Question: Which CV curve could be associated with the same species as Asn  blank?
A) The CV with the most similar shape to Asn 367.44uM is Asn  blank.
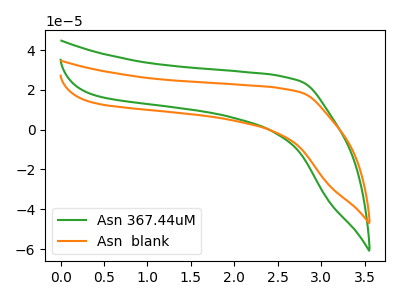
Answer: <think>The green curve "Asn 367.44uM" has no peaks. The orange curve "Asn  blank" has no peaks.
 Neither "Asn 367.44uM" or "Asn  blank" have any peaks.</think>
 <answer>A) The CV with the most similar shape to "Asn 367.44uM" is "Asn  blank".</answer>
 <eval>A</eval>